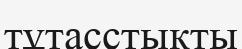
тұтасстыкты